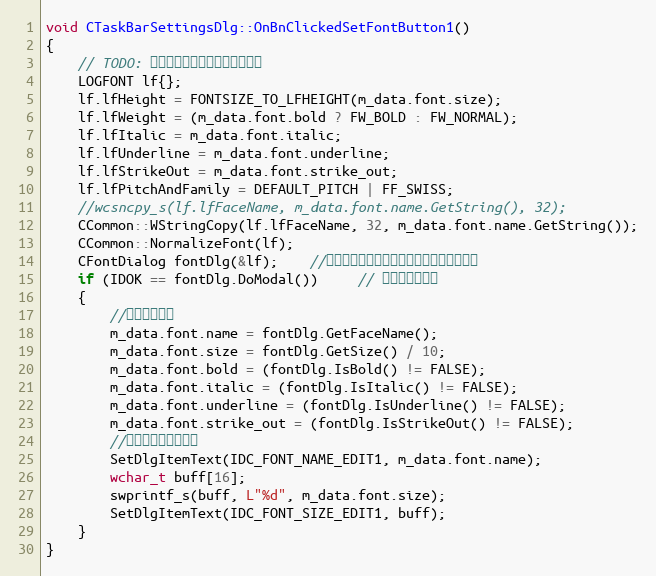
Language: C++
void CTaskBarSettingsDlg::OnBnClickedSetFontButton1()
{
	// TODO: 在此添加控件通知处理程序代码
	LOGFONT lf{};
	lf.lfHeight = FONTSIZE_TO_LFHEIGHT(m_data.font.size);
	lf.lfWeight = (m_data.font.bold ? FW_BOLD : FW_NORMAL);
	lf.lfItalic = m_data.font.italic;
	lf.lfUnderline = m_data.font.underline;
	lf.lfStrikeOut = m_data.font.strike_out;
	lf.lfPitchAndFamily = DEFAULT_PITCH | FF_SWISS;
	//wcsncpy_s(lf.lfFaceName, m_data.font.name.GetString(), 32);
	CCommon::WStringCopy(lf.lfFaceName, 32, m_data.font.name.GetString());
	CCommon::NormalizeFont(lf);
	CFontDialog fontDlg(&lf);	//构造字体对话框，初始选择字体为之前字体
	if (IDOK == fontDlg.DoModal())     // 显示字体对话框
	{
		//获取字体信息
		m_data.font.name = fontDlg.GetFaceName();
		m_data.font.size = fontDlg.GetSize() / 10;
		m_data.font.bold = (fontDlg.IsBold() != FALSE);
		m_data.font.italic = (fontDlg.IsItalic() != FALSE);
		m_data.font.underline = (fontDlg.IsUnderline() != FALSE);
		m_data.font.strike_out = (fontDlg.IsStrikeOut() != FALSE);
		//将字体信息显示出来
		SetDlgItemText(IDC_FONT_NAME_EDIT1, m_data.font.name);
		wchar_t buff[16];
		swprintf_s(buff, L"%d", m_data.font.size);
		SetDlgItemText(IDC_FONT_SIZE_EDIT1, buff);
	}
}